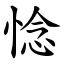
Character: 惗